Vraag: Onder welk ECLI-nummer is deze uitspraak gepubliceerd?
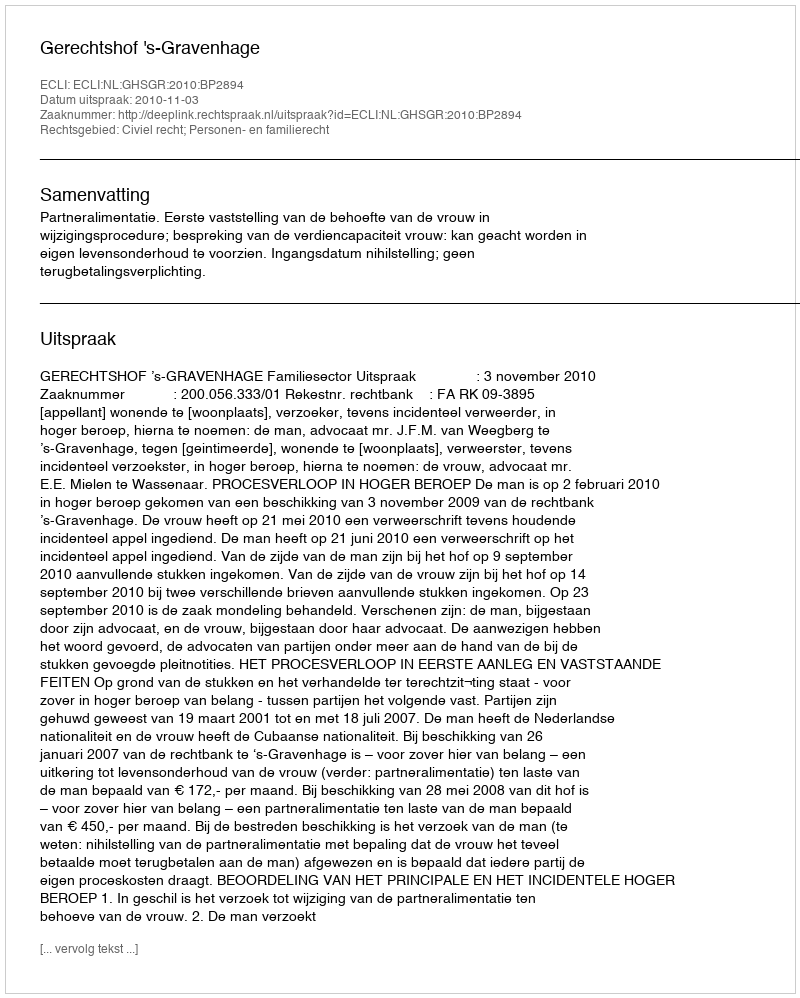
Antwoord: ECLI:NL:GHSGR:2010:BP2894